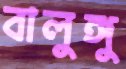
বালুঙ্গু